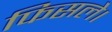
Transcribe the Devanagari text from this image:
फिसले।